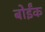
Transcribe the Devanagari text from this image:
बोईंक